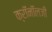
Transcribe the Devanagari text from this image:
क्रॉनॉलजी